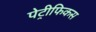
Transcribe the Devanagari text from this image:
पेट्रीफिकस